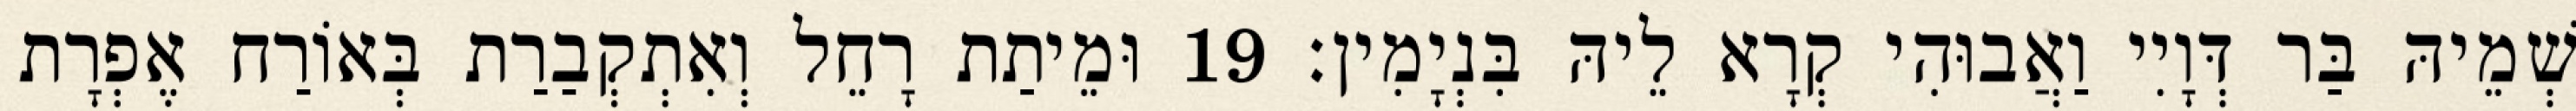
שְׁמֵיהּ בַּר דְּוָיִי וַאֲבוּהִי קְרָא לֵיהּ בִּנְיָמִין׃ 19 וּמֵיתַת רָחֵל וְאִתְקְבַרַת בְּאוֹרַח אֶפְרָת